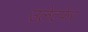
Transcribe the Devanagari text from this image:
उलेटफेर